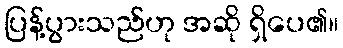
ပြန့်ပွားသည်ဟု အဆို ရှိပေ၏။